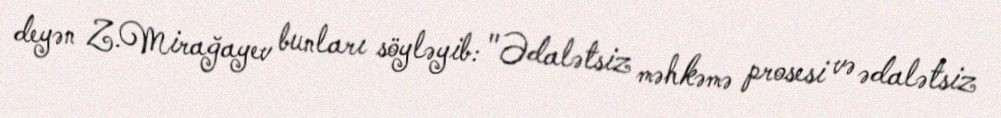
deyən Z.Mirağayev bunları söyləyib: "Ədalətsiz məhkəmə prosesi və ədalətsiz